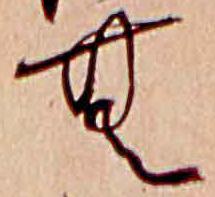
む